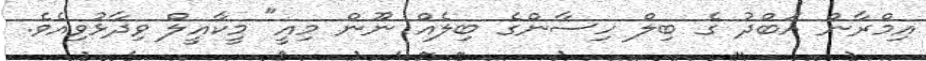
އިމްރާން އަބްދު ގެ ބިލް ހިސާންގެ ބިލެއް ނޫން މިއީ" މީކާއީލް ވިދާޅުވިއެވެ.